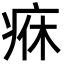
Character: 㾋